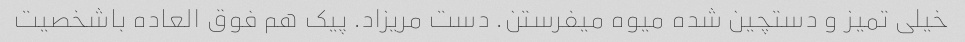
خیلی تمیز و دستچین شده میوه میفرستن. دست مریزاد. پیک هم فوق العاده باشخصیت